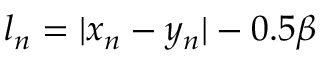
\begin{array} { r } { l _ { n } = | x _ { n } - y _ { n } | - 0 . 5 \beta } \end{array}